Medical and sanitary report of the native army of Madras for the year
Year: 1872
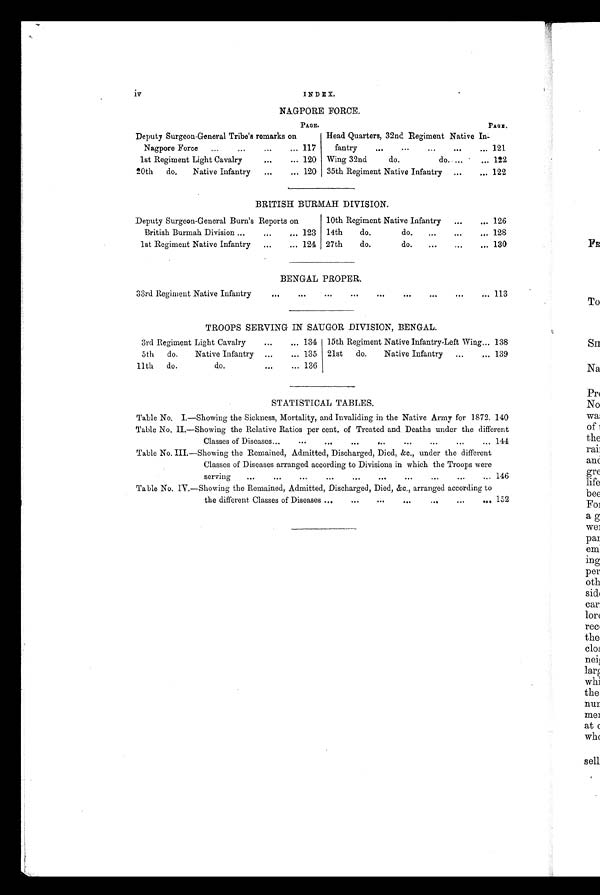
iv
INDEX.
NAGPORE FORCE.
PAGE.
PAGE.
Deputy Surgeon-General Tribe's remarks on
Nagpore Force
117
Head Quarters, 32nd Regiment Native In
-
fantry
121
1st Regiment Light Cavalry
120 Wing 32nd
do.
do.
122
20th do.
Native Infantry
120 35th Regiment Native Infantry
122
BRITISH BURMAH DIVISION.
Deputy Surgeon-General Burn's Reports on
British Burmah Division
123
10th Regiment Native Infantry
126
14th
do.
do.
128
1st Regiment Native Infantry
124 27th
do.
do.
130
BENGAL PROPER.
33rd Regiment Native Infantry
113
TROOPS SERVING IN SAUGOR DIVISION, BENGAL.
3rd Regiment Light Cavalry
134 15th Regiment Native Infantry-Left Wing 138
5th do.
Native Infantry
135 21st do.
Native Infantry
139
11th do.
do.
136
STATISTICAL TABLES.
Table No. I.—Showing the Sickness, Mortality, and Invaliding in the Native Army for 1872. 140
Table No. II.—Showing the Relative Ratios per cent, of Treated and Deaths under the different
Classes of Diseases 144
Table No. III.—Showing the Remained, Admitted, Discharged, Died, &c., under the different
Classes of Diseases arranged according to Divisions in which the Troops were
serving
146
Table No. IV.—Showing the Remained, Admitted, Discharged, Died, &c., arranged according to
the different Classes of Diseases 152